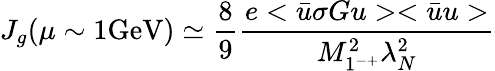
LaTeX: J_{g}(\mu\sim 1\mathrm{GeV})\simeq{\frac{8}{9}}{\frac{e<\bar{u}\sigma Gu><\bar{u}u>}{M_{1^{-+}}^{2}\lambda_{N}^{2}}}